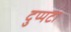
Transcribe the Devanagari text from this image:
दुप्पटा